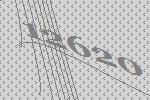
12620